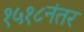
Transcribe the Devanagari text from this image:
१५१८नंतर